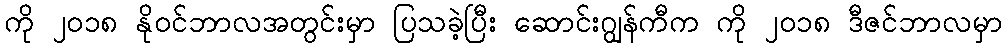
ကို ၂၀၁၈ နိုဝင်ဘာလအတွင်းမှာ ပြသခဲ့ပြီး ဆောင်းဂျွန်ကီက ကို ၂၀၁၈ ဒီဇင်ဘာလမှာ